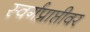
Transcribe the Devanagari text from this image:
स्वर्गप्राप्तीवर